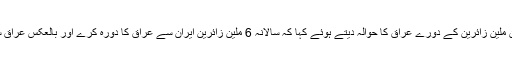
انہوں نے اربعین کے موقع پر ساڑھے تین ملین زائرین کے دورے عراق کا حوالہ دیتے ہوئے کہا کہ سالانہ 6 ملین زائرین ایران سے عراق کا دورہ کرے اور بالعکس عراق سے تین ملین افراد اس کی سیر کرتے ہیں۔